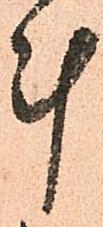
計